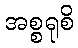
အစ္စရုစိ